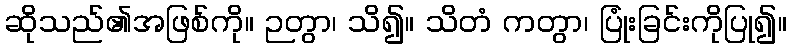
ဆိုသည်၏အဖြစ်ကို။ ဉတွာ၊ သိ၍။ သိတံ ကတွာ၊ ပြုံးခြင်းကိုပြု၍။